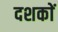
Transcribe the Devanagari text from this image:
दशकाें